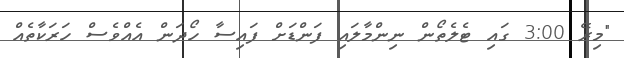
"މިރޭ 3:00 ގައި ޓެލެތޯން ނިންމާލައި ފަންޑަށް ފައިސާ ހޯދަން އެއްވެސް ހަރަކާތެއް